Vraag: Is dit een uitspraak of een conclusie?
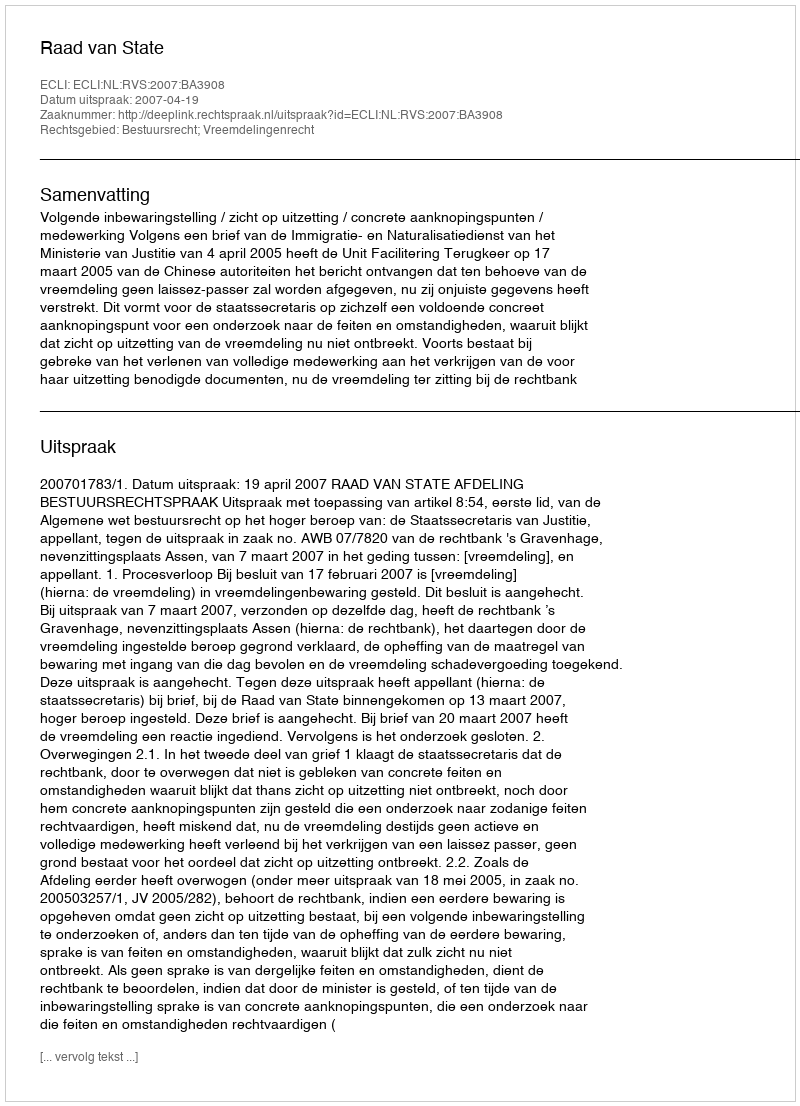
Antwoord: Uitspraak